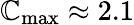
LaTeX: \mathbb{C}_{\mathrm{{max}}}\approx2.1